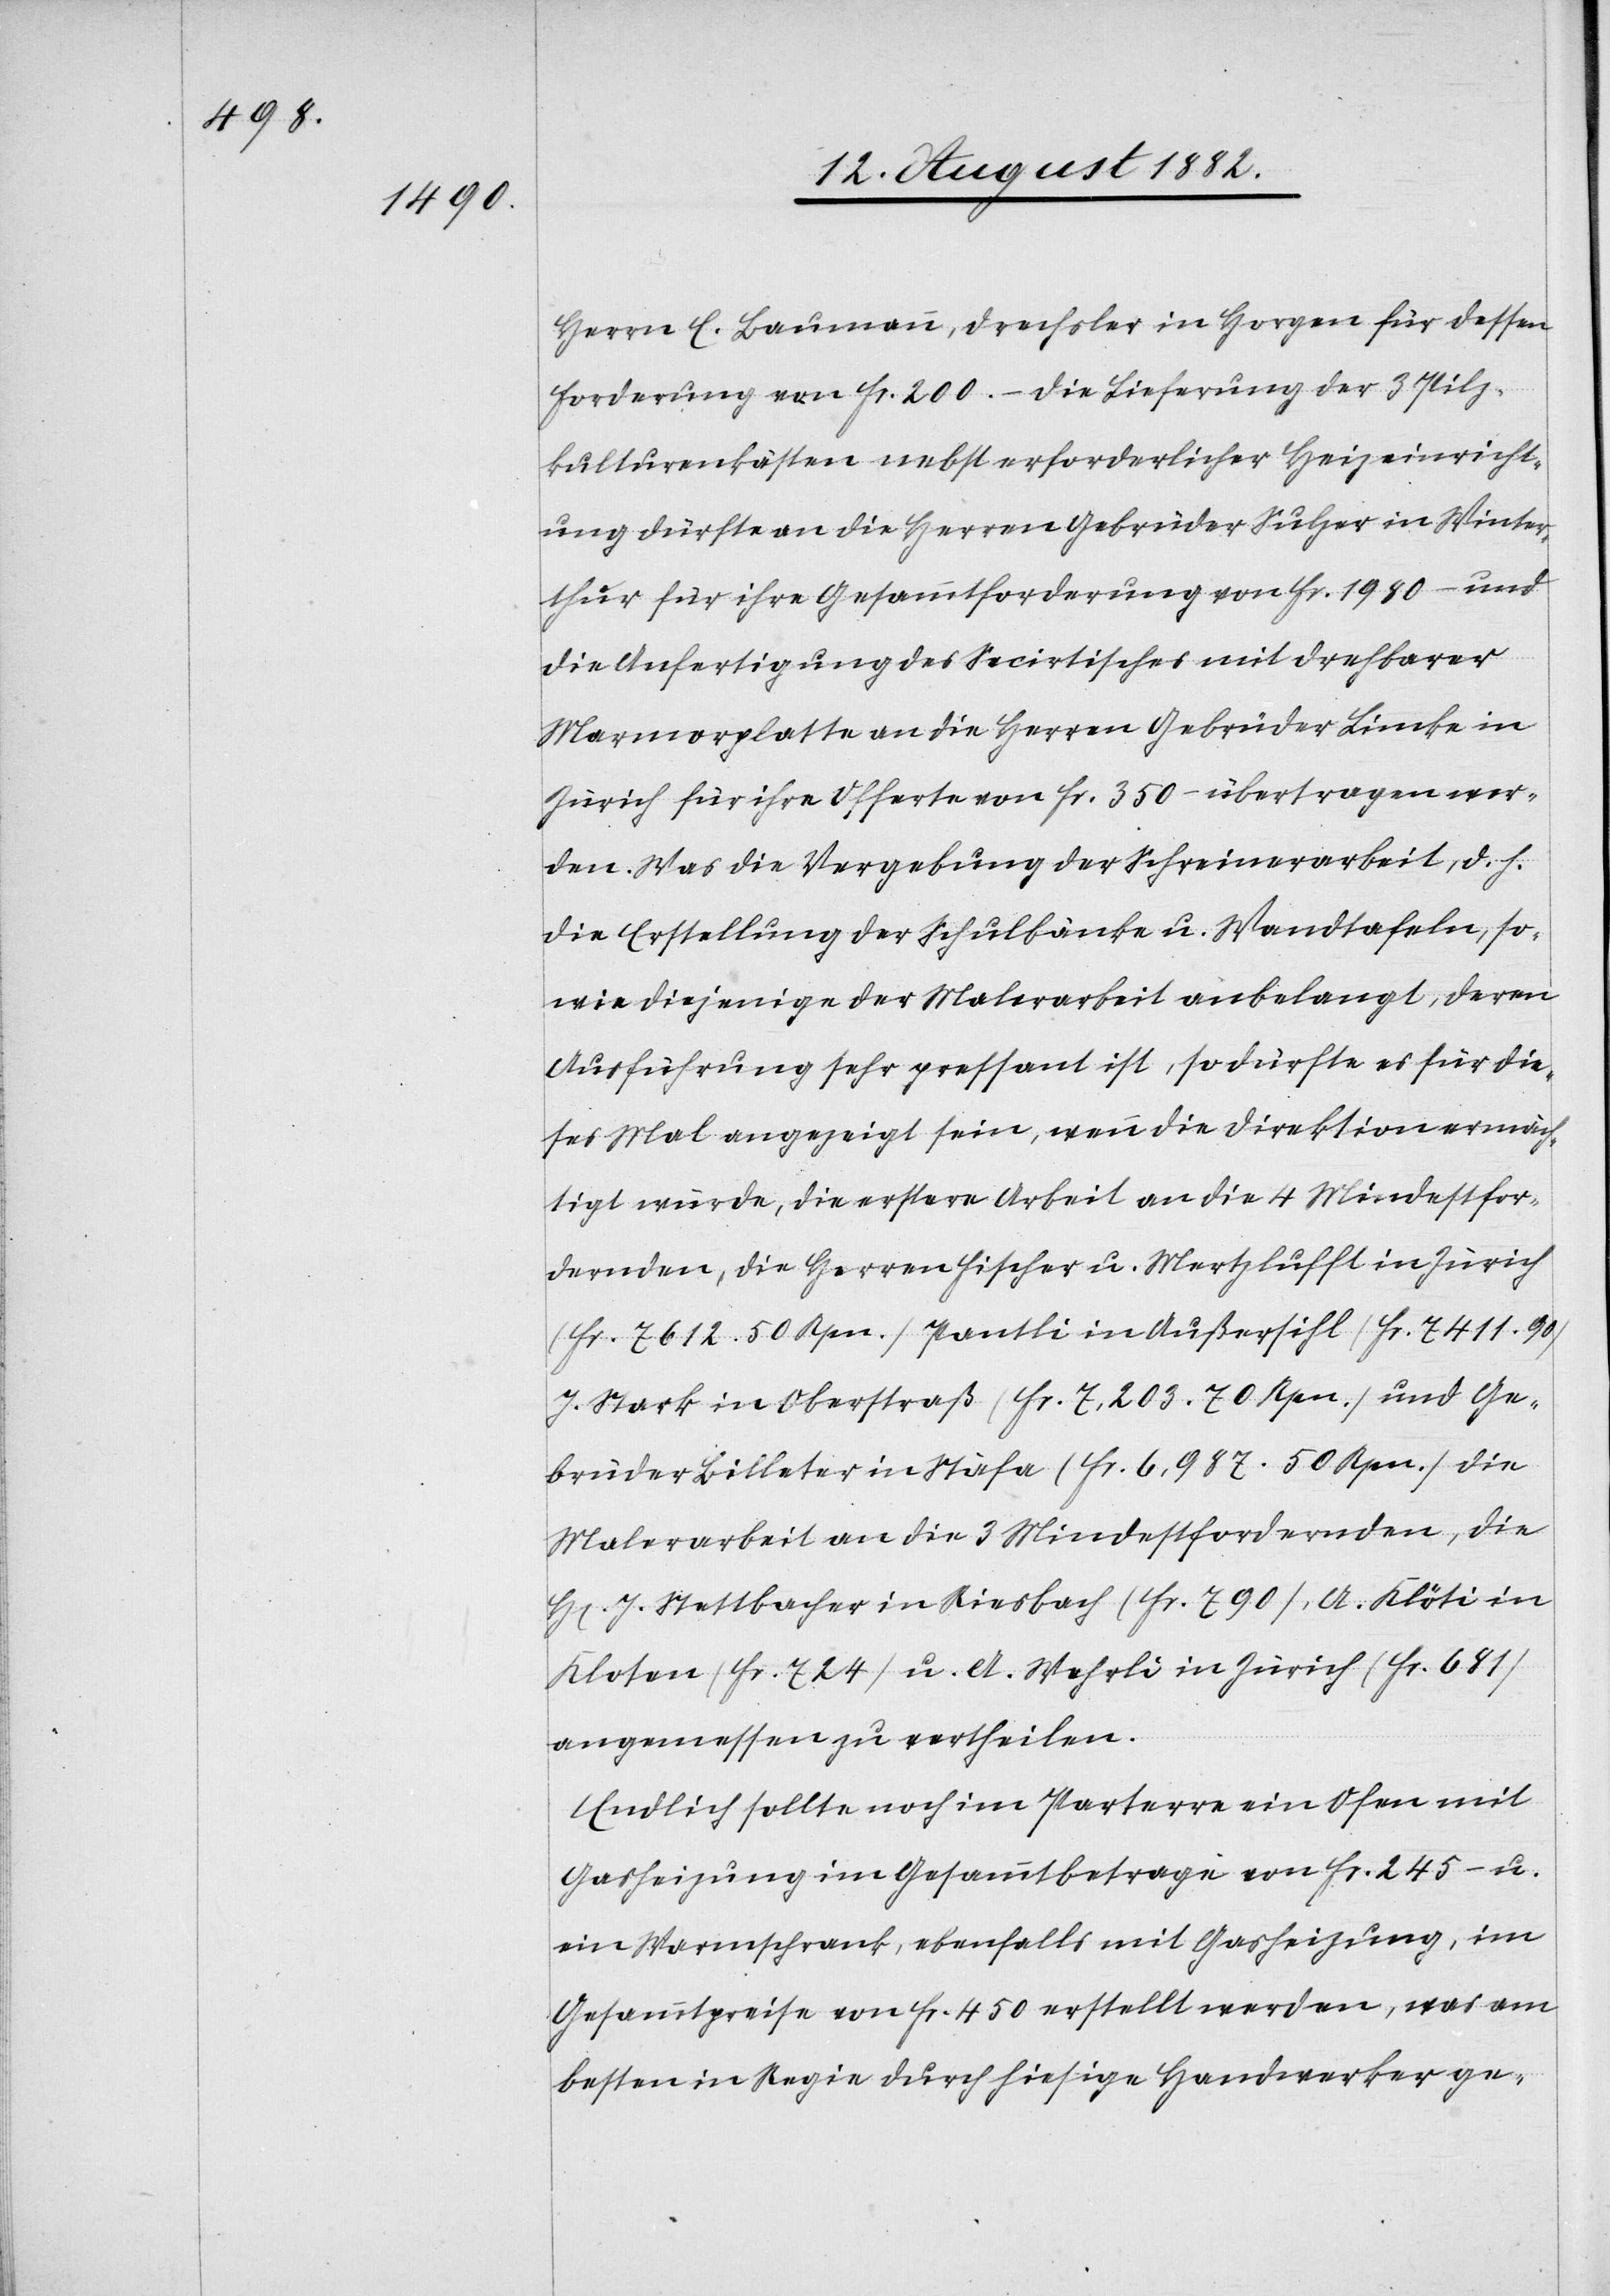
Herrn E. Baumann, Drechsler in Horgen für dessen
Forderung von Fr. 200.–[.] Die Lieferung der 3 Pilz¬
kulturenkästen nebst erforderlicher Heizeinricht¬
ung dürfte an die Herren Gebrüder Sulzer in Winter¬
thur für ihre Gesammtforderung von Fr. 1980– und
die Anfertigung des Secirtisches mit drehbarer
Marmorplatte an die Herren Gebrüder Lincke in
Zürich für ihre Offerte von Fr. 350– übertragen wer¬
den. Was die Vergebung der Schreinerarbeit, d. h.
die Erstellung der Schulbänke u. Wandtafeln, so¬
wie diejenige der Malerarbeit anbelangt, deren
Ausführung sehr pressant ist, so dürfte es für die¬
ses Mal angezeigt sein, wenn die Direktion ermäch¬
tigt würde, die erstere Arbeit an die 4 Mindestfor¬
dernden, die Herren Fischer u. Mertzlufft in Zürich
(Fr. 7612. 50 Rpn.) Pantli in Außersihl (Fr. 7411.90)
J. Stark in Oberstraß (Fr. 7,203.70 Rpn.) und Ge¬
brüder Billeter in Stäfa (Fr. 6,987 50 Rpn.) die
Malerarbeit an die 3 Mindestfordernden, die
H[erren] J. Stettbacher in Riesbach (Fr. 790), A. Klöti in
Kloten (Fr. 724) u. A. Wehrli in Zürich (Fr. 681)
angemessen zu vertheilen.
Endlich sollte noch im Parterre ein Ofen mit
Gasheizung im Gesammtbetrage von Fr. 245 – u.
ein Warmschrank, ebenfalls mit Gasheizung, im
Gesammtpreise von Fr. 450 erstellt werden, was am
besten in Regie durch hiesige Handwerker ge-